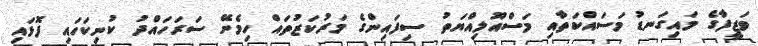
ވަޒީފާގެ މައިގަނޑު މަސައްކަތާއި މަސްއޫލިއްޔަތު ސިފައިންގެ މަރުކަޒުތައް ހިމެނޭ ސަރަހައްދު ކުނިކަހައި ފޮޅައި